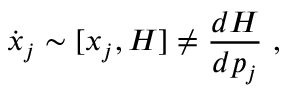
{ \dot { x } _ { j } } \sim [ x _ { j } , H ] \neq { \frac { d H } { d p _ { j } } } ~ ,